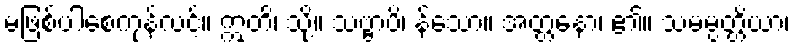
မဖြစ်ပါစေကုန်လင့်။ ဣတိ၊ သို့။ သဗ္ဗာပိ၊ န်သော။ အတ္တနော၊ ၏။ သမမ္ပတ္တိယာ၊